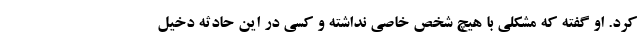
کرد. او گفته که مشکلی با هیچ شخص خاصی نداشته و کسی در این حادثه دخیل